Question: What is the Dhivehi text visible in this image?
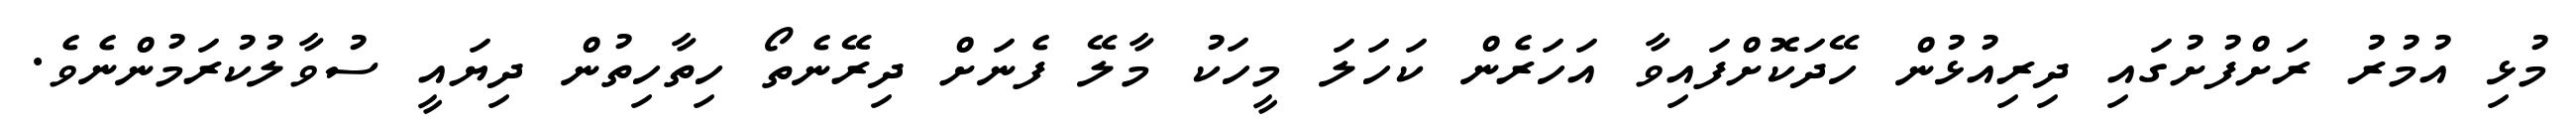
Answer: މުޅި އުމުރު ރަށްފުށުގައި ދިރިއުޅުން ހޭދަކޮށްފައިވާ އަހަރެން ކަހަލަ މީހަކު މާލޭ ފެނަށް ދިރޭނެތޯ ހިތާހިތުން ދިޔައީ ސުވާލުކުރަމުންނެވެ.